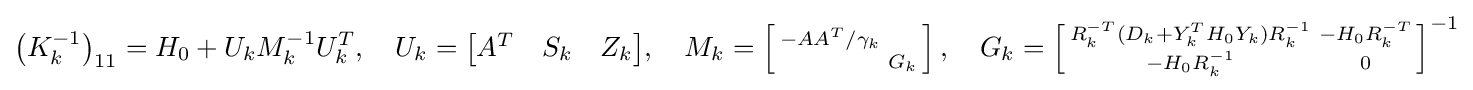
{\big (}K_{k}^{-1}{\big )}_{11}=H_{0}+U_{k}M_{k}^{-1}U_{k}^{T},\quad U_{k}={\begin{bmatrix}A^{T}&S_{k}&Z_{k}\end{bmatrix}},\quad M_{k}=\left[{\begin{smallmatrix}-AA^{T}/\gamma _{k}&\\&G_{k}\end{smallmatrix}}\right],\quad G_{k}=\left[{\begin{smallmatrix}R_{k}^{-T}(D_{k}+Y_{k}^{T}H_{0}Y_{k})R_{k}^{-1}&-H_{0}R_{k}^{-T}\\-H_{0}R_{k}^{-1}&0\end{smallmatrix}}\right]^{-1}